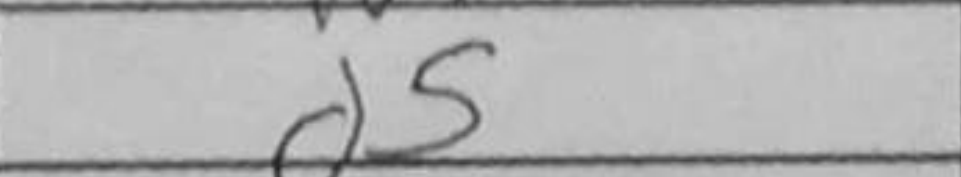
Transcription: d5